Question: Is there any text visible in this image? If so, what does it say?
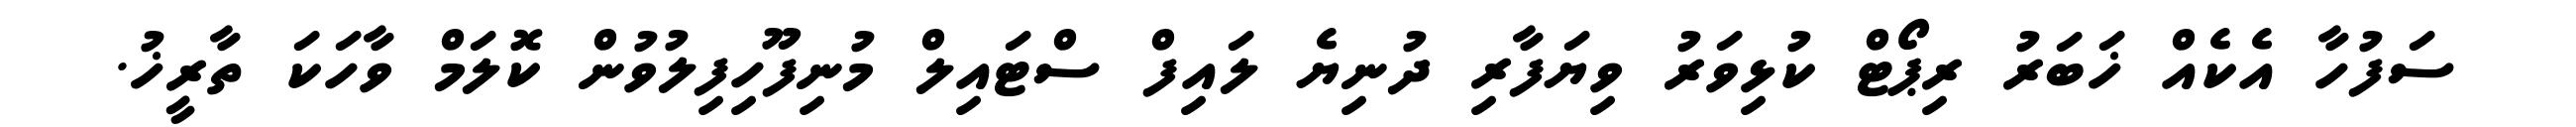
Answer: ސަފުހާ އެކެއް ޚަބަރު ރިޕޯޓް ކުޅިވަރު ވިޔަފާރި ދުނިޔެ ލައިފް ސްޓައިލް މުނިފޫހިފިލުވުން ކޮލަމް ވާހަކަ ތާރީޚު.